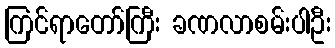
ကြင်ရာတော်ကြီး ခဏလာစမ်းပါဦး